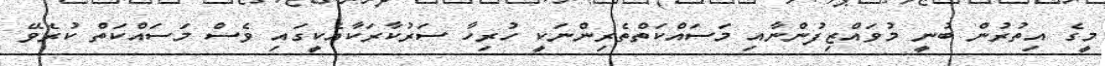
މީގެ އިތުރުން ބުނީ މުވައްޒިފުންނާއި މަސައްކަތްތެރިންނަކީ ހުރިހާ ސަރުކާރަކާއެކީގައި ވެސް މަސައްކަތް ކުރެވޭ